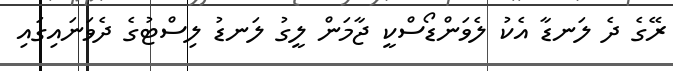
ރޭގެ ދެ ލަނޑާ އެކު ލެވަންޑޯސްކީ ޖާމަން ލީގު ލަނޑު ލިސްޓުގެ ދެވަނައިގައި